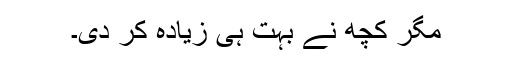
مگر کچھ نے بہت ہی زیادہ کر دی۔